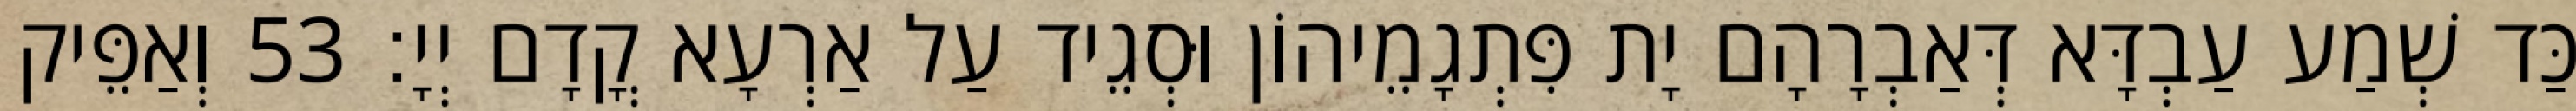
כַּד שְׁמַע עַבְדָּא דְּאַבְרָהָם יָת פִּתְגָמֵיהוֹן וּסְגֵיד עַל אַרְעָא קֳדָם יְיָ׃ 53 וְאַפֵּיק